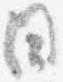
日